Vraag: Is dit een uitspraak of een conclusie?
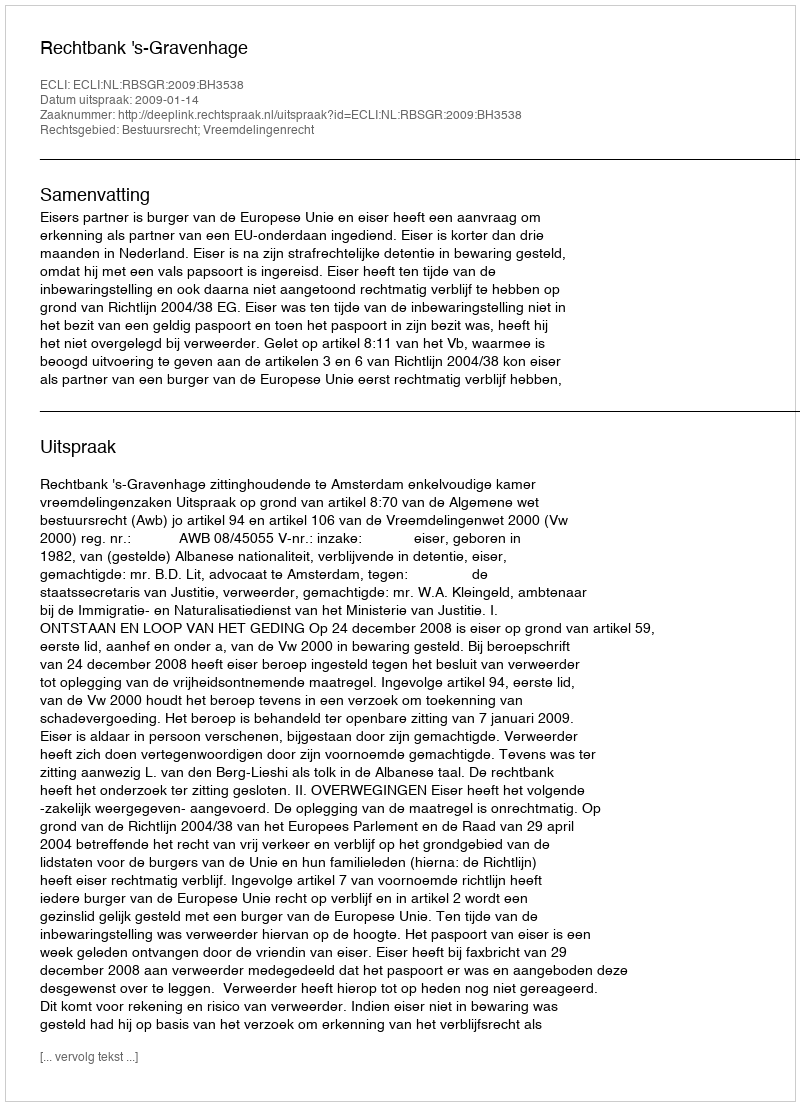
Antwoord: Uitspraak